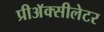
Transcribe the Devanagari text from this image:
प्रीअॅक्सीलेटर